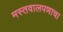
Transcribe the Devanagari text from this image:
मस्तवालपणाचा